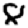
Digit: 8